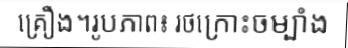
គ្រឿង។រូបភាព៖ រថក្រោះចម្បាំង